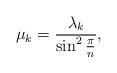
LaTeX: \begin{align*} \mu _k=\frac{\lambda _k}{\sin ^2 \frac{\pi}{n}}, \end{align*}